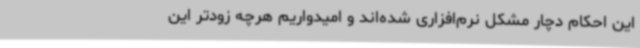
این احکام دچار مشکل نرم‌افزاری شده‌اند و امیدواریم هرچه زودتر این